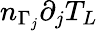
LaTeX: n_{\Gamma_{j}}\partial_{j}T_{L}